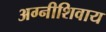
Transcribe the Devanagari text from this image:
अग्नीशिवाय